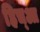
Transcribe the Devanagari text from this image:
हिच्आ